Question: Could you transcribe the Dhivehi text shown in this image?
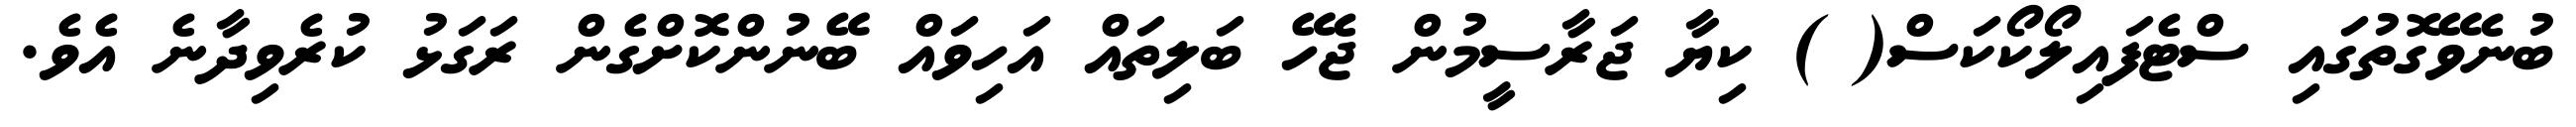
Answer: ބުނެވޭގޮތުގައި ސްޓެފައިލޯކޯކަސް( ) ކިޔާ ޖަރާސީމުން ޖެހޭ ބަލިތައް އަހިވައް ބޭނުންކޮށްގެން ރަގަޅު ކުރެވިދާނެ އެވެ.